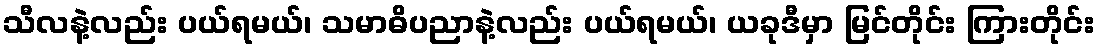
သီလနဲ့လည်း ပယ်ရမယ်၊ သမာဓိပညာနဲ့လည်း ပယ်ရမယ်၊ ယခုဒီမှာ မြင်တိုင်း ကြားတိုင်း